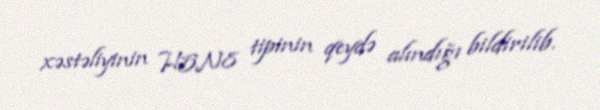
xəstəliyinin H5N8 tipinin qeydə alındığı bildirilib.